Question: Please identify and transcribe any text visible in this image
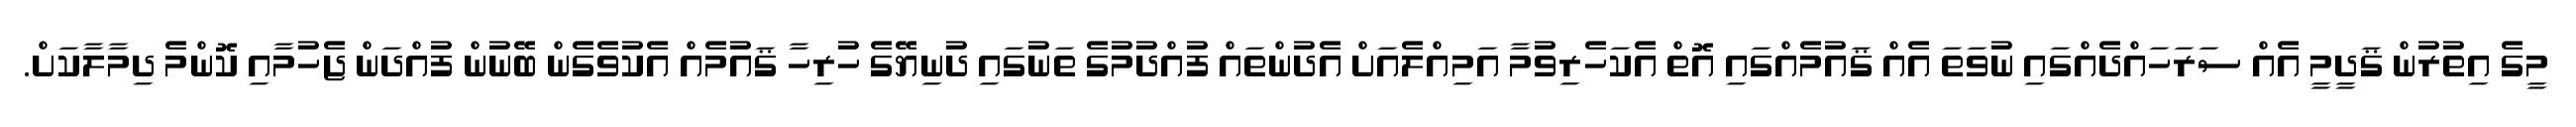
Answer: މީގެ އިތުރުން ޤަދީމީ އެއް ސަރަހައްދެއްގައި ނުވަތަ އެއް ޤައުމެއްގައި އޮތް އެކަހެރިވުމާ އަމިއްލެއަށް އެދުންތައް ފުއްދުމުގެ ތަނުގައި ދުނިޔޭގެ ހުރިހާ ޤައުމެއް އެކުވެގެން ބޭނުން ފުއްދަން ޖެހުމާއި ކޮންމެ ދިމާލާކަށް.